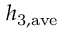
h _ { \mathrm { 3 , a v e } }